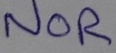
Text: NOR